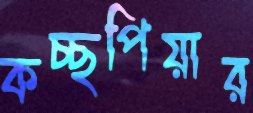
কচ্ছপিয়ার